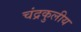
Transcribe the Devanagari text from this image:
चंद्रकुलीय